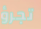
تجرؤ